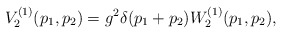
\begin{align*}V^{(1)}_2 ( p_1, p_2 ) = g^2 \delta ( p_1 + p_2 ) W^{(1)}_2 ( p_1, p_2 ),\end{align*}